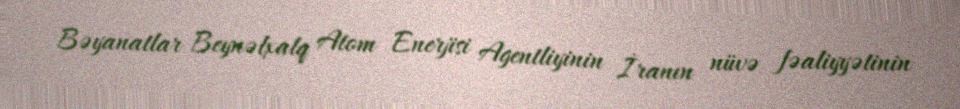
Bəyanatlar Beynəlxalq Atom Enerjisi Agentliyinin İranın nüvə fəaliyyətinin